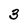
Character: 3